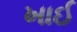
ખાઈ